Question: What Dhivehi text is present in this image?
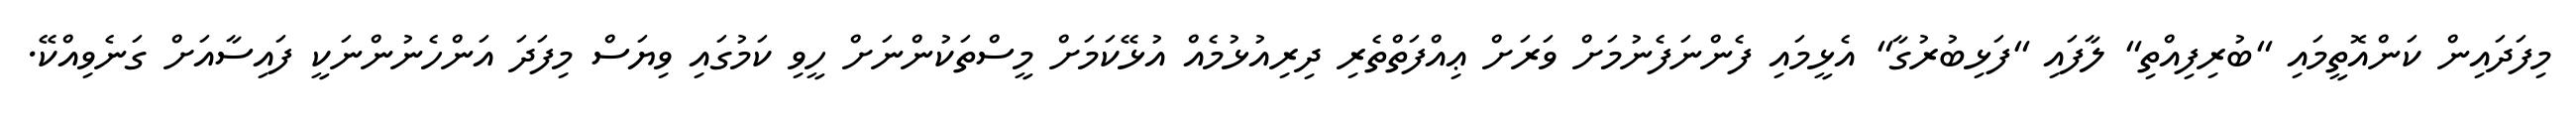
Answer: މިފަދައިން ކަންއޮތީމައި "ބުރިފިއްތި" ލާފައި "ފަޅިބުރުގާ" އެޅީމައި ފެންނަފެނުމަށް ވަރަށް ޢިއްފަތްތެރި ދިރިއުޅުމެއް އުޅޭކަމަށް މީސްތަކުންނަށް ހީވި ކަމުގައި ވިޔަސް މިފަދަ އަންހެނުންނަކީ ފައިސާއަށް ގަނެވިއްކޭ.